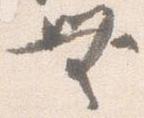
無